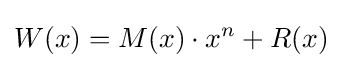
W(x)=M(x)\cdot x^{n}+R(x)